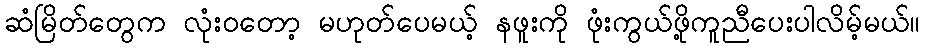
ဆံမြိတ်တွေက လုံးဝတော့ မဟုတ်ပေမယ့် နဖူးကို ဖုံးကွယ်ဖို့ကူညီပေးပါလိမ့်မယ်။